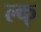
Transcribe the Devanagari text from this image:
ल्क्